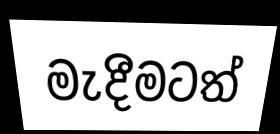
මැදීමටත්